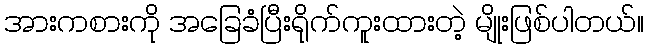
အားကစားကို အခြေခံပြီးရိုက်ကူးထားတဲ့ မျိုးဖြစ်ပါတယ်။